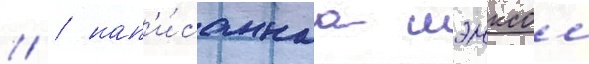
// / нап'и́саннаа шэнксом